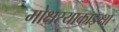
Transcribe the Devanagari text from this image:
मोक्षस्याकाङ्क्षा